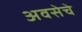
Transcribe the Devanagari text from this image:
अवसेचे